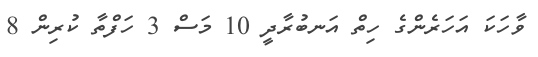
ވާހަކަ އަހަރެންގެ ހިތް އަނބުރާދީ 10 މަސް 3 ހަފްތާ ކުރިން 8